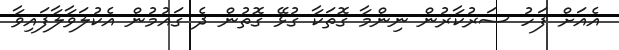
އެއަށް ފަހު ސަރުކާރުން ނިންމާ ގޮތަކާ ގުޅޭ ގޮތުން ދެ ގައުމުން އެކުލަވާލާފައިވާ